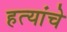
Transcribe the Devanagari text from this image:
हत्यांचे